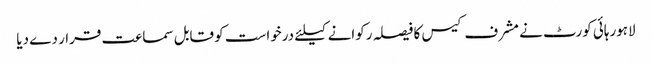
لاہورہائی کورٹ نے مشرف کیس کا فیصلہ رکوانے کیلئے درخواست کو قابل سماعت قرار دے دیا